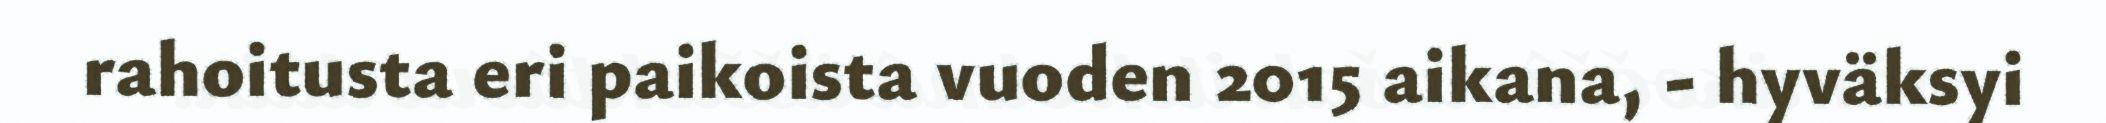
rahoitusta eri paikoista vuoden 2015 aikana, - hyväksyi